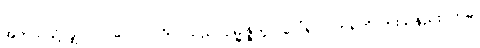
အဘယ်သို့လျှင်။ ပုဂ္ဂလော၊ ပုဂ္ဂိုလ်သည်။ ဥမ္မုဇ္ဇိတွာ၊ ပေါ်၍။ ပတရတိ၊ ကူးသနည်း။ ဣဓ၊